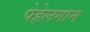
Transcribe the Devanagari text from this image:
पेहेलगाम